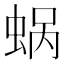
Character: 蜗